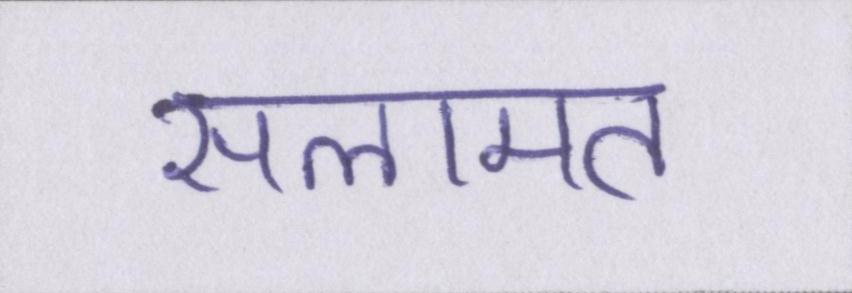
सलामत